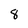
Character: 8